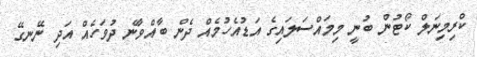
ކްރިމިނަލް ކޯޓުން ބުނީ މިމައްސަލައިގެ އަޑުއެހުމެއް ދެން ބާއްވާނެ ދުވަހެއް އަދި ނޭނގޭ